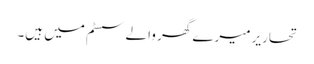
تحاریر میرے گھر والے سسٹم میں ہیں۔